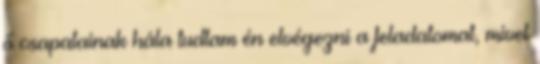
ő csapatainak hála tudtam én elvégezni a feladatomat, mivel